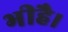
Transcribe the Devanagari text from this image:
भीहै।